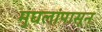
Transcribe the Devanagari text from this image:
मुघलांपासून